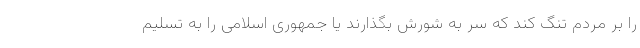
را بر مردم تنگ کند که سر به شورش بگذارند یا جمهوری اسلامی را به تسلیم